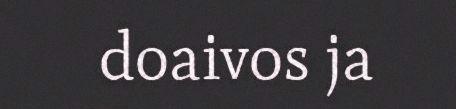
doaivos ja